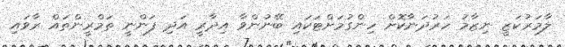
ލާމަރުކަޒީ ނިޒާމު ހަރުދަނާކޮށް ހިންގުމަށްޓަކައި ބޭނުންވާ އިދާރީ އަދި ފަންނީ ތަމްރީންތައް ރާވައި